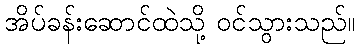
အိပ်ခန်းဆောင်ထဲသို့ ဝင်သွားသည်။